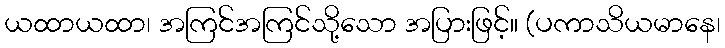
ယထာယထာ၊ အကြင်အကြင်သို့သော အပြားဖြင့်။ (ပကာသိယမာနေ၊